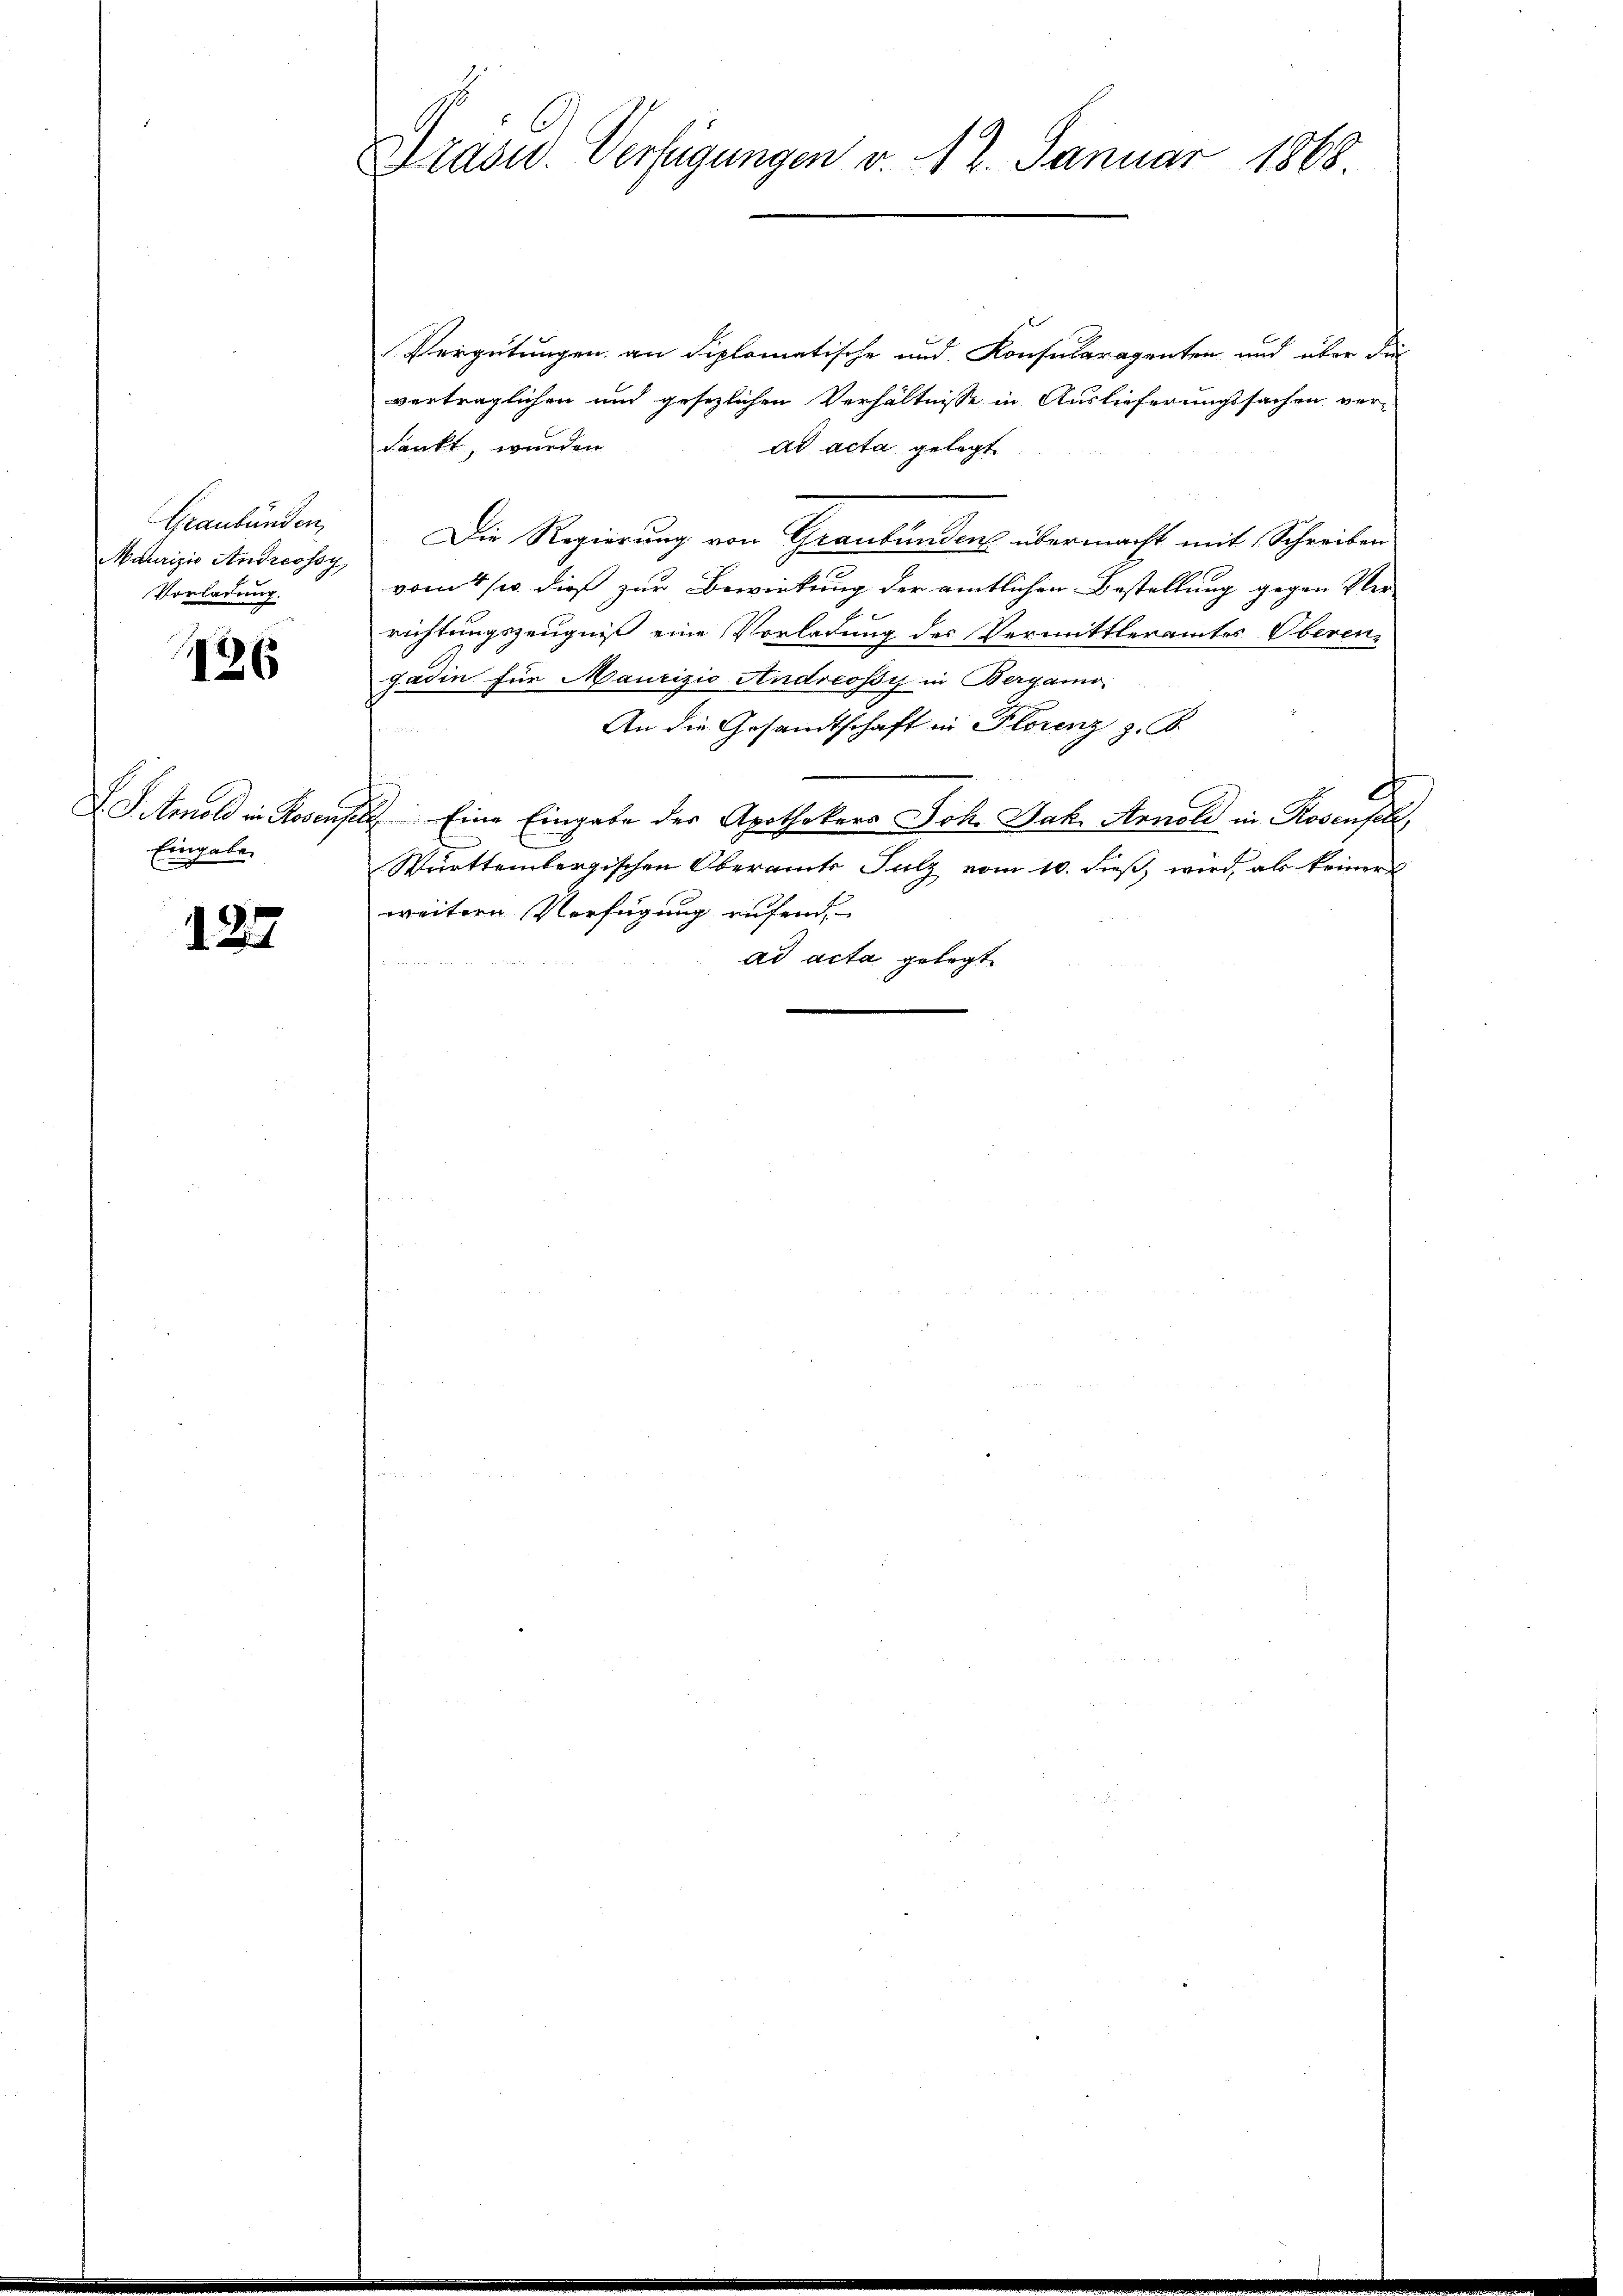
Graubünden,
Adurizio Andressor
Vorladung.

126

F. S. Arnold in Heraus
Eingabe

122.

Präsid. Verfügungen v. 12. Januar 1868

Vergütungen an diplomatische und Konsularagenten und über dies
verträglichen und gesezlichen Verhältnisse in Auslieferungssachen ver-
dankt, wurden
ad acta gelegt
Die Regierung von Graubünden übermacht mit Schreiben
vom 14/10. dieß zur Bewirkung der amtlichen Bestellung gegen Ver-
richtungszeugniß eine Vorladung des Vermittleramtes Oberen-
gadin für Maurizio Andreossy in Bergamo
An die Gesandtschaft in Florenz z. B.
 Eine Eingabe der Apothekers Joh. Jak. Arnold in Rosenfall,
Württembergischen Oberamts Sulz vom 10. dieß, wird, als keiners
weitern Verfügung rufend
n
ad acta gelegt